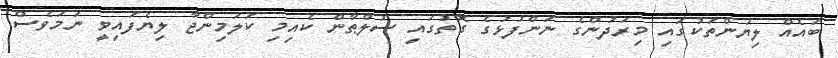
ބައެއް ލިޔުންތަކުގައި މިރަދުންގެ ނަންފުޅުގެ ގޮތުގައި ސުލްޠާން ކެއިމި ކަލަމިންޖާ ލިޔެފައިވީ ނަމަވެސް